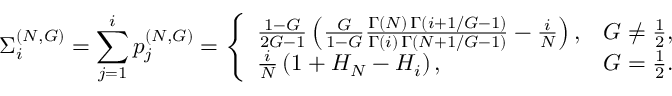
\Sigma _ { i } ^ { ( N , G ) } = \sum _ { j = 1 } ^ { i } p _ { j } ^ { ( N , G ) } = \left\{ \begin{array} { l l } { \frac { 1 - G } { 2 G - 1 } \left( \frac { G } { 1 - G } \frac { \Gamma \left( N \right) \, \Gamma \left( i + 1 / G - 1 \right) } { \Gamma ( i ) \, \Gamma \left( N + 1 / G - 1 \right) } - \frac { i } { N } \right) , } & { G \neq \frac { 1 } { 2 } , } \\ { \frac { i } { N } \left( 1 + H _ { N } - H _ { i } \right) , } & { G = \frac { 1 } { 2 } . } \end{array} \right.